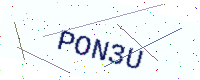
Text: PON3U